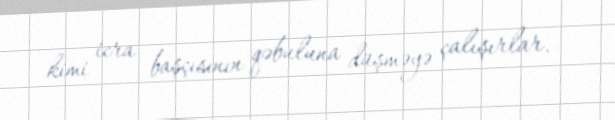
kimi icra başçısının qəbuluna düşməyə çalışırlar.